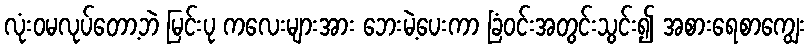
လုံးဝမလုပ်တော့ဘဲ မြင်းပု ကလေးများအား ဘေးမဲ့ပေးကာ ခြံဝင်းအတွင်းသွင်း၍ အစားရေစာကျွေး